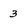
Character: 3